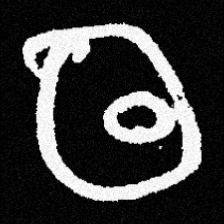
Pyu character \u2014 Myanmar letter: ထ (romanized: tha)